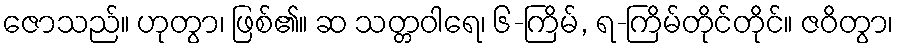
ဇောသည်။ ဟုတွာ၊ ဖြစ်၏။ ဆ သတ္တဝါရေ၊ ၆-ကြိမ်, ရ-ကြိမ်တိုင်တိုင်။ ဇဝိတွာ၊